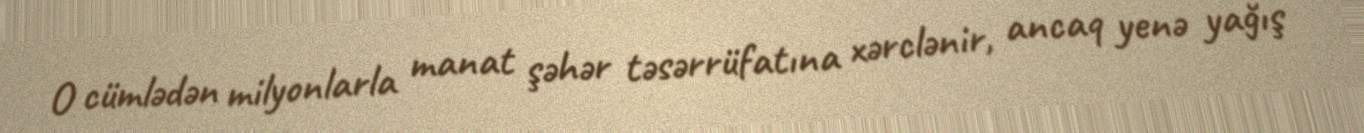
O cümlədən milyonlarla manat şəhər təsərrüfatına xərclənir, ancaq yenə yağış